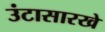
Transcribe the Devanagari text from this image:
उंटासारखे